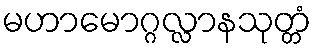
မဟာမောဂ္ဂလ္လာနသုတ္တံ